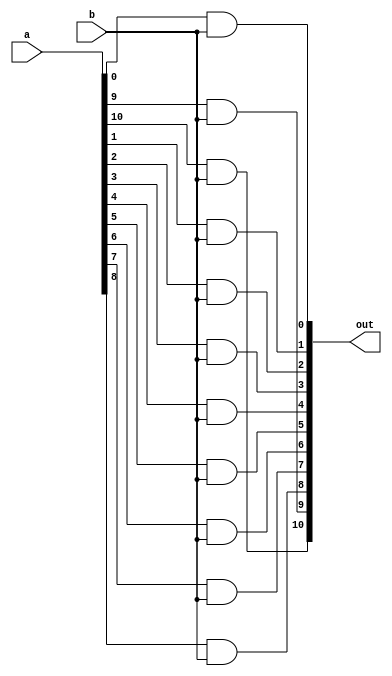
module partialprod(a,b,out);
input [10:0]a;
input b;
output [10:0]out;



generate
   genvar i; 
   for(i=0;i<11;i=i+1)
     begin
        assign out[i]=a[i]&b; 
     end  
endgenerate

endmodule